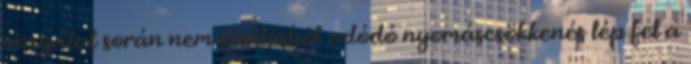
vizsgálat során nem sérülésbõl adódó nyomáscsökkenés lép fel a